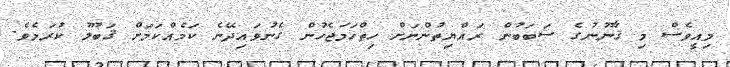
މިއީވެސް މި ޤާނޫނުގެ ސަބަބުން ރައްޔިތުންނަށް ހިތްހަމަޖެހުން ގެނުވައިދޭނެ ކަމެއްކަމަށް ޤަބޫލު ކުރަމެވެ.